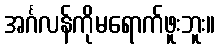
အင်္ဂလန်ကိုမရောက်ဖူးဘူး။